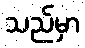
သည်မှာ